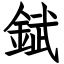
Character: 錻